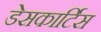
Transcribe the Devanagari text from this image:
डेसकार्टिस